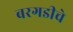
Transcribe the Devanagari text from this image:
बरगडीचे